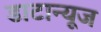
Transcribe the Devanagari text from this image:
डाटान्यूज